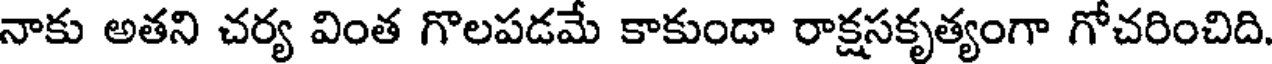
నాకు అతని చర్య వింత గొలపడమే కాకుండా రాక్షసకృత్యంగా గోచరించిది